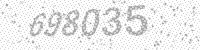
Solution: 698035